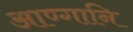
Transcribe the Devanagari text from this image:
आण्गानि